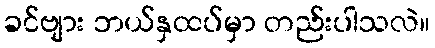
ခင်ဗျား ဘယ်နှထပ်မှာ တည်းပါသလဲ။